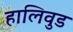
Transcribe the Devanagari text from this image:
हालिवुड